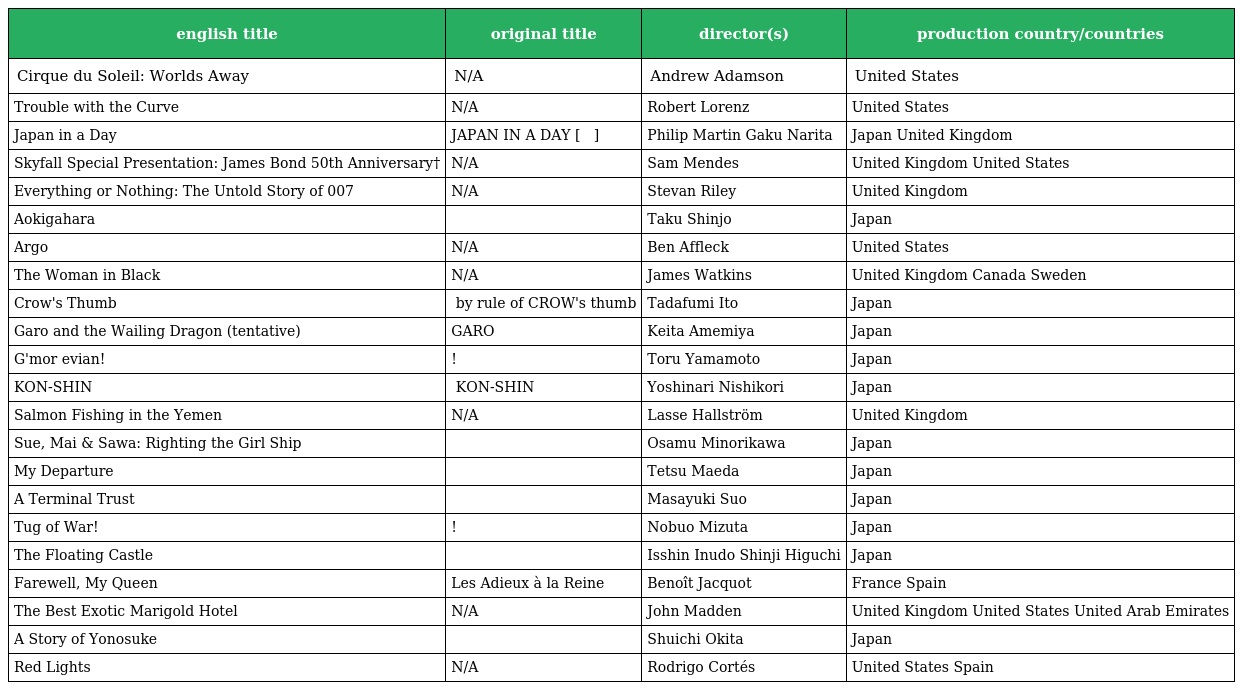
| english title | original title | director(s) | production country/countries |
 | --- | --- | --- | --- |
 | Cirque du Soleil: Worlds Away | N/A | Andrew Adamson | United States |
 | Trouble with the Curve | N/A | Robert Lorenz | United States |
 | Japan in a Day | JAPAN IN A DAY [ジャパン イン ア デイ] | Philip Martin Gaku Narita | Japan United Kingdom |
 | Skyfall Special Presentation: James Bond 50th Anniversary† | N/A | Sam Mendes | United Kingdom United States |
 | Everything or Nothing: The Untold Story of 007 | N/A | Stevan Riley | United Kingdom |
 | Aokigahara | 青木ヶ原 | Taku Shinjo | Japan |
 | Argo | N/A | Ben Affleck | United States |
 | The Woman in Black | N/A | James Watkins | United Kingdom Canada Sweden |
 | Crow's Thumb | カラスの親指 by rule of CROW's thumb | Tadafumi Ito | Japan |
 | Garo and the Wailing Dragon (tentative) | 牙狼〈GARO〉〜蒼哭ノ魔竜〜 | Keita Amemiya | Japan |
 | G'mor evian! | グッモーエビアン! | Toru Yamamoto | Japan |
 | KON-SHIN | 渾身 KON-SHIN | Yoshinari Nishikori | Japan |
 | Salmon Fishing in the Yemen | N/A | Lasse Hallström | United Kingdom |
 | Sue, Mai & Sawa: Righting the Girl Ship | すーちゃん まいちゃん さわ子さん | Osamu Minorikawa | Japan |
 | My Departure | 旅の贈りもの 明日へ | Tetsu Maeda | Japan |
 | A Terminal Trust | 終の信託 | Masayuki Suo | Japan |
 | Tug of War! | 綱引いちゃった! | Nobuo Mizuta | Japan |
 | The Floating Castle | のぼうの城 | Isshin Inudo Shinji Higuchi | Japan |
 | Farewell, My Queen | Les Adieux à la Reine | Benoît Jacquot | France Spain |
 | The Best Exotic Marigold Hotel | N/A | John Madden | United Kingdom United States United Arab Emirates |
 | A Story of Yonosuke | 横道世之介 | Shuichi Okita | Japan |
 | Red Lights | N/A | Rodrigo Cortés | United States Spain |